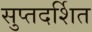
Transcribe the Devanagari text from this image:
सुप्तदर्शित